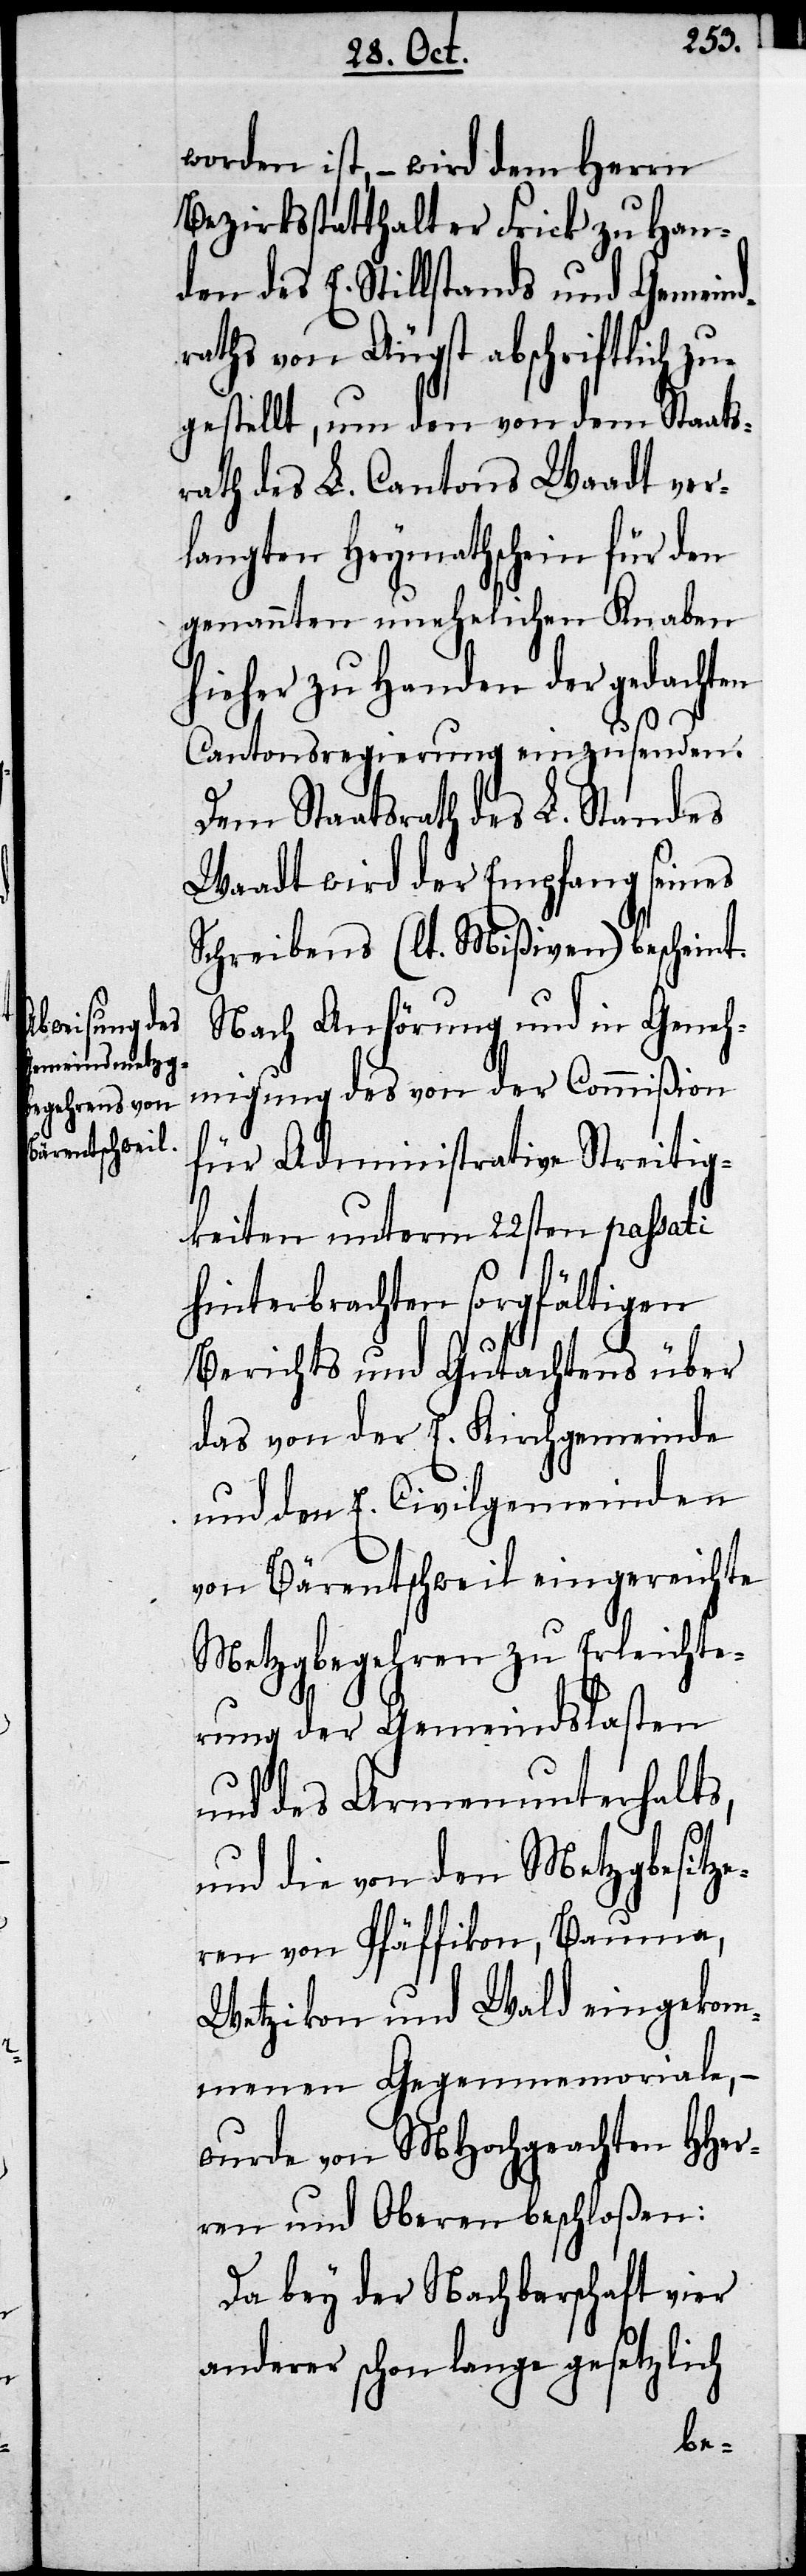
worden ist, – wird dem Herrn
Bezirksstatthalter Frick zu Han¬
den des E. Stillstandes und Gemein¬
raths von Äugst abschriftlich z¬
ugestellt, um den von dem Staats¬
rath des L. Cantons Waadt ver¬
langten Heymathschein für den
genannten unehelichen Knaben
hieher zu Handen der gedachten
Cantonsregierung einzusenden.
Dem Staatsrath des L. Standes
Waadt wird der Empfang seines
Schreibens (lt. Mißiven) bescheint.
Nach Anhörung und in Geneh¬
migung des von der Commißion
für Administrative Streitig¬
keiten unterm 22sten passati
hinterbrachten sorgfältigen
Berichts und Gutachtens über
das von der E. Kirchgemeinde
und den E. Civilgemeinden
von Bärentschweil eingereichte
Metzgbegehren zu Erleichte¬
rung der Gemeindslasten
und des Armenunterhalts,
d¬
und die von den Metzgbesitze¬
ren von Pfäffikon, Bauma,
Wetzikon und Wald eingekom¬
menen Gegenmemoriale, –
wurde von MHochgeachten HHer¬
ren und Oberen beschloßen:
Da bey der Nachbarschaft vier
anderer schon lange gesetzlich